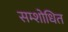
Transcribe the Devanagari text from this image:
सम्शोधित